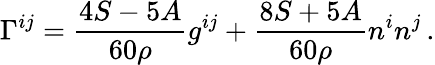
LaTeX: \Gamma^{ij}=\frac{4S-5A}{60\rho}g^{ij}+\frac{8S+5A}{60\rho}n^{i}n^{j}\, .